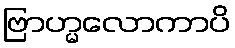
ဗြာဟ္မလောကာပိ